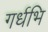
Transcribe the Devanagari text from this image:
गर्धभि